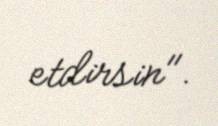
etdirsin".